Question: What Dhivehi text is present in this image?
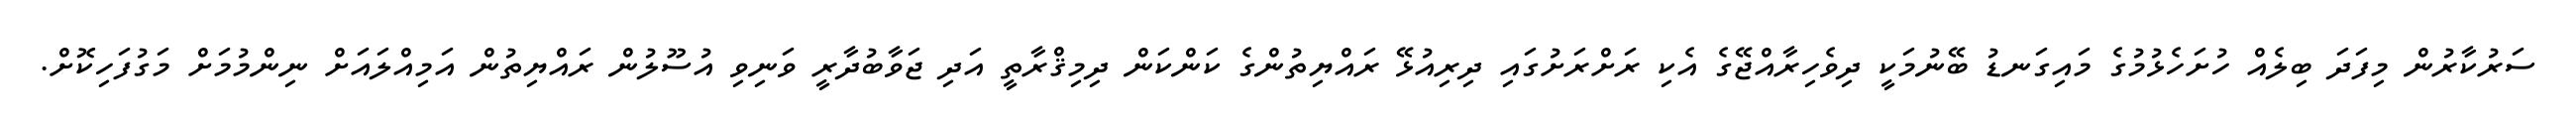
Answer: ސަރުކާރުން މިފަދަ ބިލެއް ހުށަހެޅުމުގެ މައިގަނޑު ބޭނުމަކީ ދިވެހިރާއްޖޭގެ އެކި ރަށްރަށުގައި ދިރިއުޅޭ ރައްޔިތުންގެ ކަންކަން ދިމިޤްރާތީ އަދި ޖަވާބުދާރީ ވަނިވި އުސޫލުން ރައްޔިތުން އަމިއްލައަށް ނިންމުމަށް މަގުފަހިކޮށް.